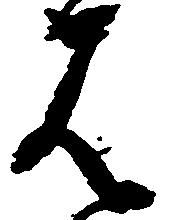
は